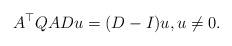
LaTeX: \begin{align*} A^\top Q ADu = (D - I)u, u \neq 0.\end{align*}